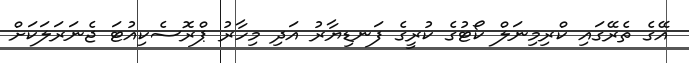
އޭގެ ތެރޭގައި ކްރިމިނަލް ކޯޓުގެ ކުރީގެ ފަނޑިޔާރު އަދި މިހާރު ޕްރޮސެކިއުޓަ ޖެނަރަލަކަށް